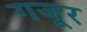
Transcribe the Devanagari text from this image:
गजूर